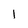
Character: 1